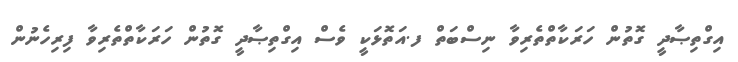
އިގްތިޞާދީ ގޮތުން ހަރަކާތްތެރިވާ ނިސްބަތް ފ.އަތޮޅަކީ ވެސް އިގްތިޞާދީ ގޮތުން ހަރަކާތްތެރިވާ ފިރިހެނުން